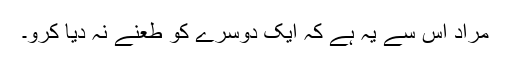
مراد اس سے یہ ہے کہ ایک دوسرے کو طعنے نہ دیا کرو۔